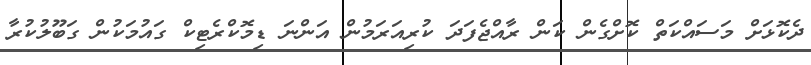
ދެކޮޅަށް މަސައްކަތް ކޮށްގެން ކަން ރާއްޖެފަދަ ކުރިއަރަމުން އަންނަ ޑިމޮކްރެޓިކް ގައުމަކުން ގަބޫލުކުރާ